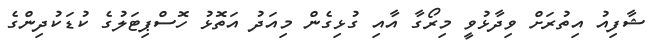
ޝާފިއު އިތުރަށް ވިދާޅުވީ މިރޯގާ އާއި ގުޅިގެން މިއަދު އަތޮޅު ހޮސްޕިޓަލުގެ ކުޑަކުދިންގެ